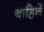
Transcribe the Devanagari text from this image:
बाहिनें